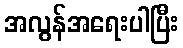
အလွန်အရေးပါပြီး